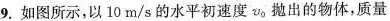
9.如图所示，以10m/s的水平初速度v_{0}抛出的物体，质量